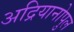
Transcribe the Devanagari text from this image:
अद्रियानोपुल